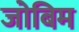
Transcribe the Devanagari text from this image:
जोबिम